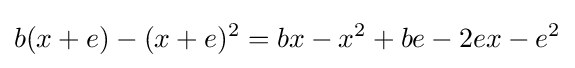
b(x+e)-(x+e)^{2}=bx-x^{2}+be-2ex-e^{2}